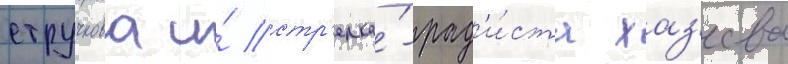
стручкова и́ стр'елка́-рад'и́ста хаз'еева